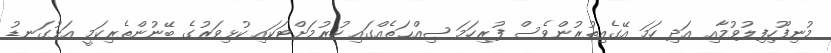
މުނިފޫހިފިލުވުމާއި އަދި ހަމަ އޭގެއިތުރުންވެސް ފުރިހަމަ ޞިއްޙަތެއްގައި ހުރުމަށްޓަކައި ކުޅިވަރުގެ ބޭނުންތެރިކަމީ އަޅުގަނޑު